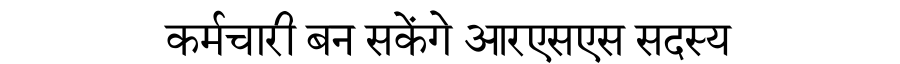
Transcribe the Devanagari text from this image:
कर्मचारी बन सकेंगे आरएसएस सदस्य